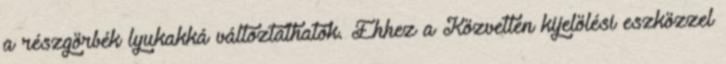
a részgörbék lyukakká változtathatók. Ehhez a Közvetlen kijelölési eszközzel